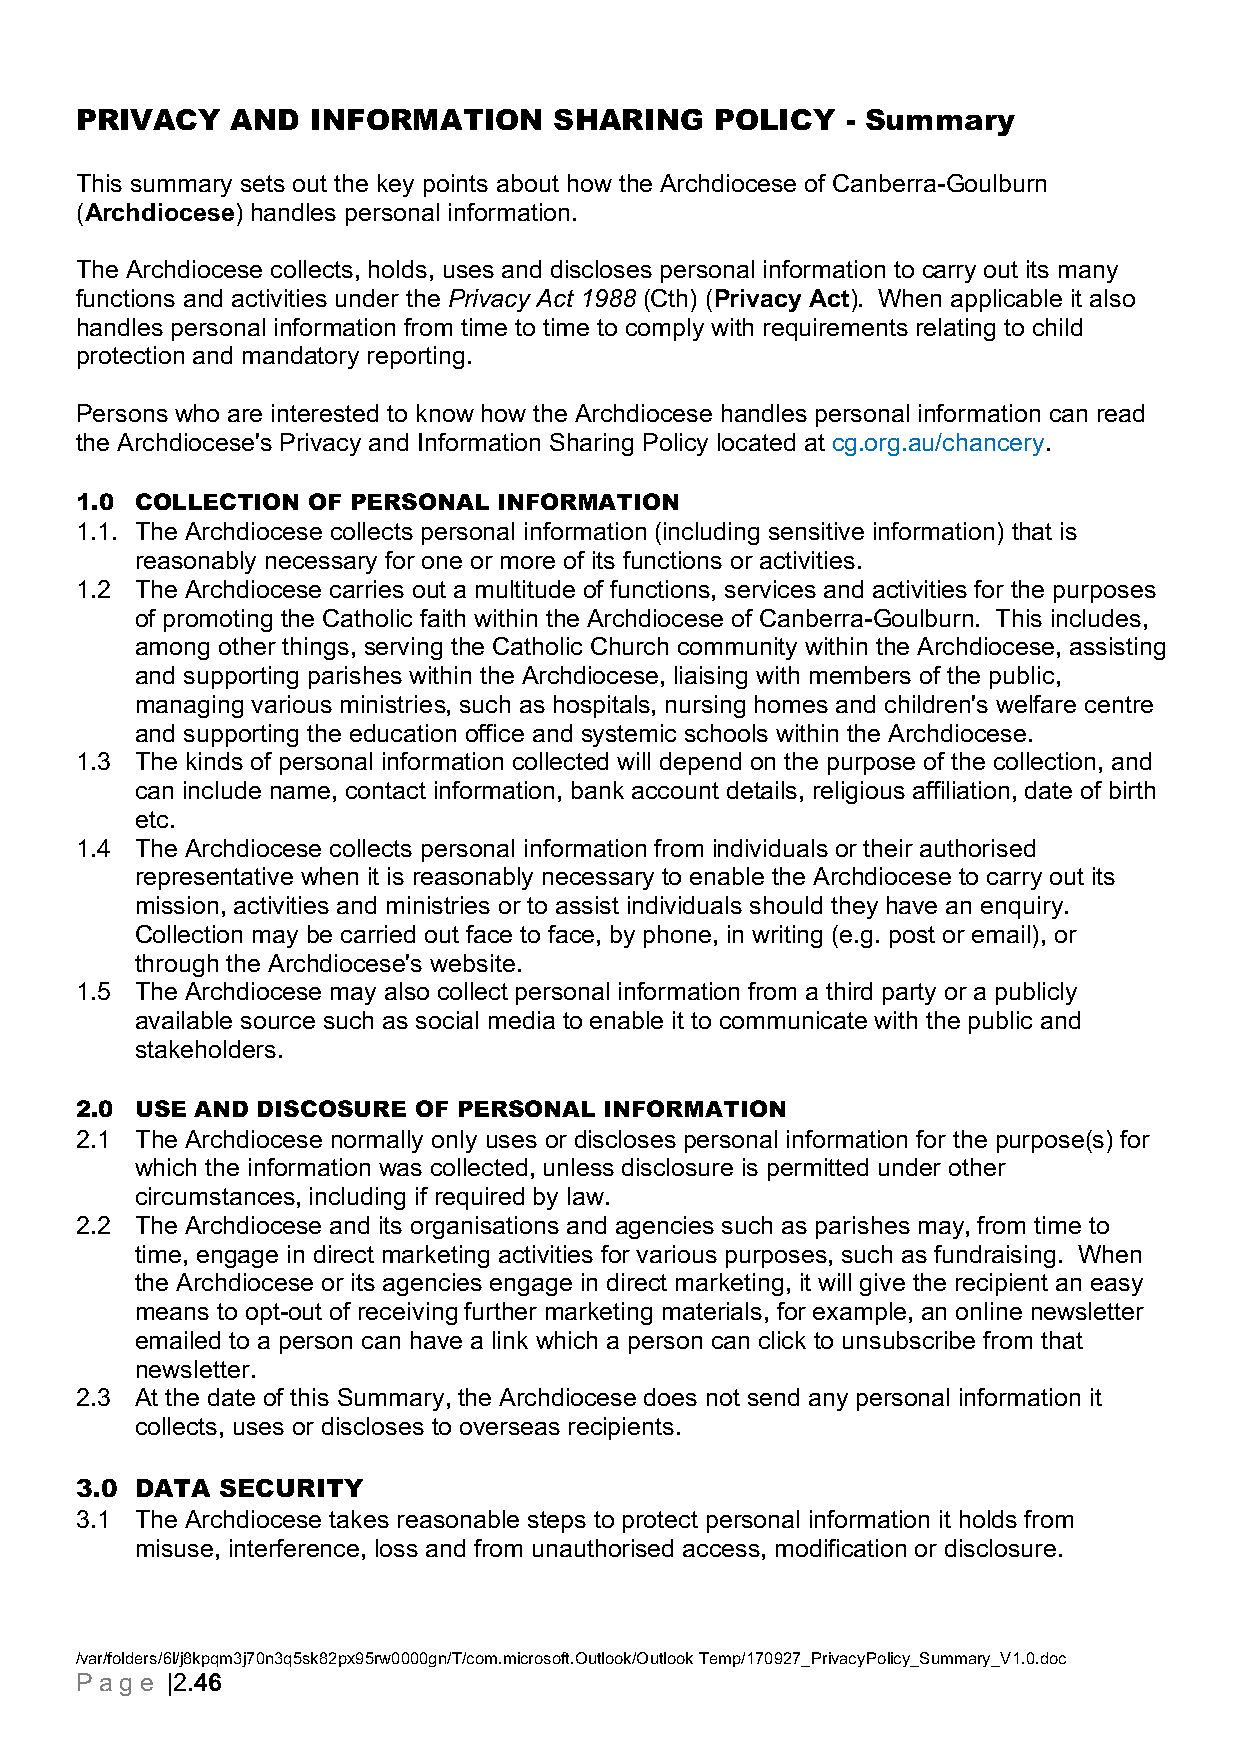
PRIVACY   AND   INFORMATION     SHARING   POLICY   - Summary
 This summary sets out the key points about how the Archdiocese of Canberra-Goulburn
 (Archdiocese) handles personal information.
 The Archdiocese collects, holds, uses and discloses personal information to carry out its many
 functions and activities under the Privacy Act 1988 (Cth) (Privacy Act). When applicable it also
 handles personal information from time to time to comply with requirements relating to child
 protection and mandatory reporting.
 Persons who are interested to know how the Archdiocese handles personal information can read
 the Archdiocese's Privacy and Information Sharing Policy located at cg.org.au/chancery.
 1.0 COLLECTION OF PERSONAL  INFORMATION
 1.1. The Archdiocese collects personal information (including sensitive information) that is
 reasonably necessary for one or more of its functions or activities.
 1.2 The Archdiocese carries out a multitude of functions, services and activities for the purposes
 of promoting the Catholic faith within the Archdiocese of Canberra-Goulburn. This includes,
 among other things, serving the Catholic Church community within the Archdiocese, assisting
 and supporting parishes within the Archdiocese, liaising with members of the public,
 managing various ministries, such as hospitals, nursing homes and children's welfare centre
 and supporting the education office and systemic schools within the Archdiocese.
 1.3 The kinds of personal information collected will depend on the purpose of the collection, and
 can include name, contact information, bank account details, religious affiliation, date of birth
 etc.
 1.4 The Archdiocese collects personal information from individuals or their authorised
 representative when it is reasonably necessary to enable the Archdiocese to carry out its
 mission, activities and ministries or to assist individuals should they have an enquiry.
 Collection may be carried out face to face, by phone, in writing (e.g. post or email), or
 through the Archdiocese's website.
 1.5 The Archdiocese may also collect personal information from a third party or a publicly
 available source such as social media to enable it to communicate with the public and
 stakeholders.
 2.0 USE AND DISCOSURE OF PERSONAL  INFORMATION
 2.1 The Archdiocese normally only uses or discloses personal information for the purpose(s) for
 which the information was collected, unless disclosure is permitted under other
 circumstances, including if required by law.
 2.2 The Archdiocese and its organisations and agencies such as parishes may, from time to
 time, engage in direct marketing activities for various purposes, such as fundraising. When
 the Archdiocese or its agencies engage in direct marketing, it will give the recipient an easy
 means to opt-out of receiving further marketing materials, for example, an online newsletter
 emailed to a person can have a link which a person can click to unsubscribe from that
 newsletter.
 2.3 At the date of this Summary, the Archdiocese does not send any personal information it
 collects, uses or discloses to overseas recipients.
 3.0 DATA  SECURITY
 3.1 The Archdiocese takes reasonable steps to protect personal information it holds from
 misuse, interference, loss and from unauthorised access, modification or disclosure.
 /var/folders/6l/j8kpqm3j70n3q5sk82px95rw0000gn/T/com.microsoft.Outlook/Outlook Temp/170927_PrivacyPolicy_Summary_V1.0.doc
 P ag e |2.46